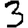
Digit: 3